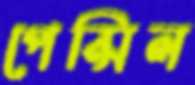
পেন্সিল